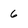
Character: 6